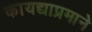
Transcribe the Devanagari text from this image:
कायद्याप्रमाने